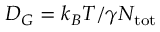
D _ { G } = k _ { B } T / \gamma N _ { \mathrm { t o t } }